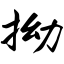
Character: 拗